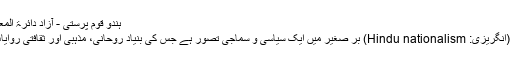
ہندو قوم پرستی - آزاد دائرۃ المعارف، ویکیپیڈیا
ہندو قوم پرستی (انگریزی: Hindu nationalism) بر صغیر میں ایک سیاسی و سماجی تصور ہے جس کی بنیاد روحانی، مذہبی اور ثقافتی روایات پر مبنی ہے۔